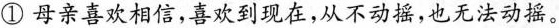
①母亲喜欢相信，喜欢到现在，从不动，也无法动摇。